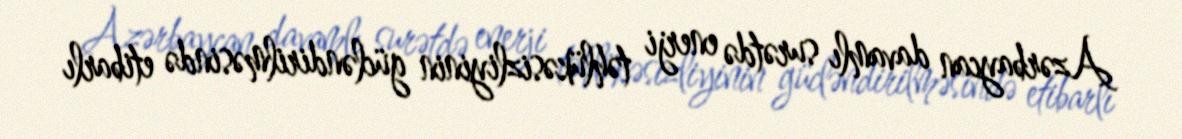
Azərbaycan davamlı surətdə enerji təhlükəsizliyinin gücləndirilməsində etibarlı